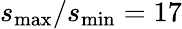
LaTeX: s_{\operatorname*{max}}/s_{\operatorname*{min}}=17